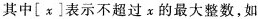
其中\left [ x \right ]表示不超过x的最大整数，如